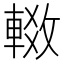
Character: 𬧶